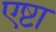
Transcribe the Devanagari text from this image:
एष्टा